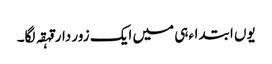
یوں ابتداءہی میں ایک زور دار قہقہ لگا۔